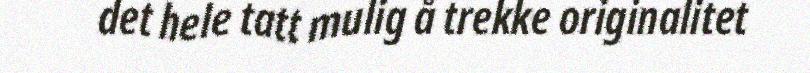
det hele tatt mulig å trekke originalitet